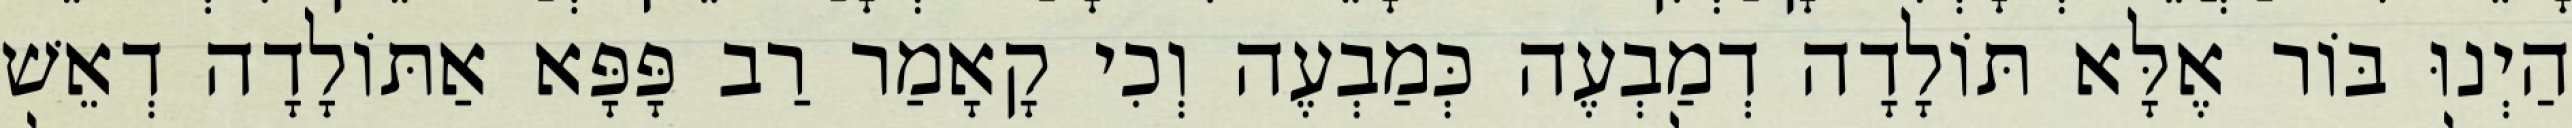
הַיְנוּ בּוֹר אֶלָּא תּוֹלָדָה דְמַבְעֶה כְּמַבְעֶה וְכִי קָאָמַר רַב פָּפָּא אַתּוֹלָדָה דְאֵשׁ